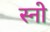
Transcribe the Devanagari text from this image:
स्‍नो